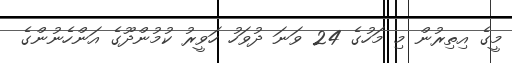
މީގެ އިތިރުން މި މަހުގެ 24 ވަނަ ދުވަހު ހަވީރު ކުމުންދޫގެ އަންހެނުންގެ